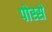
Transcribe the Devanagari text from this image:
पोस्से